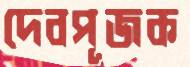
দেবপূজক